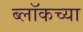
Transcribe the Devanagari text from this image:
ब्लॉकच्या